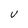
Character: V